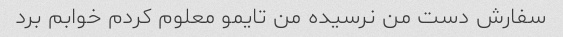
سفارش دست من نرسیده من تایمو معلوم کردم خوابم برد